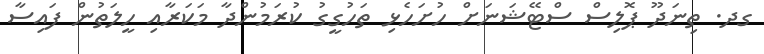
ގދ. ތިނަދޫ ޕޮލިސް ސްޓޭޝަނަށް ހުށަހެޅި ތަހުގީގު ކުރަމުންދާ މަކަރާއި ހީލަތުން ފައިސާ